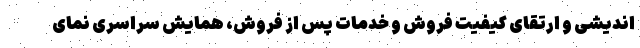
‌اندیشی و ارتقای کیفیت فروش و خدمات پس از فروش، همایش سراسری نمای